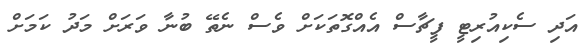
އަދި ސެކިއުރިޓީ ފީޗާސް އެއްގޮތަކަށް ވެސް ނެތޭ ބުނާ ވަރަށް މަދު ކަމަށް